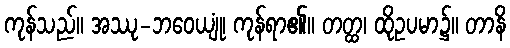
ကုန်သည်။ အဿု-ဘဝေယျုံ၊ ကုန်ရာ၏။ တတ္ထ၊ ထိုဥပမာ၌။ တာနိ